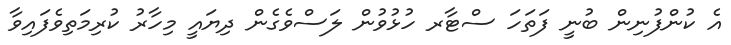
އެ ކުންފުނިން ބުނީ ފަތަހަ ސްޓާރ ހުޅުވުން ލަސްވެގެން ދިޔައީ މިހާރު ކުރިމަތިވެފައިވާ